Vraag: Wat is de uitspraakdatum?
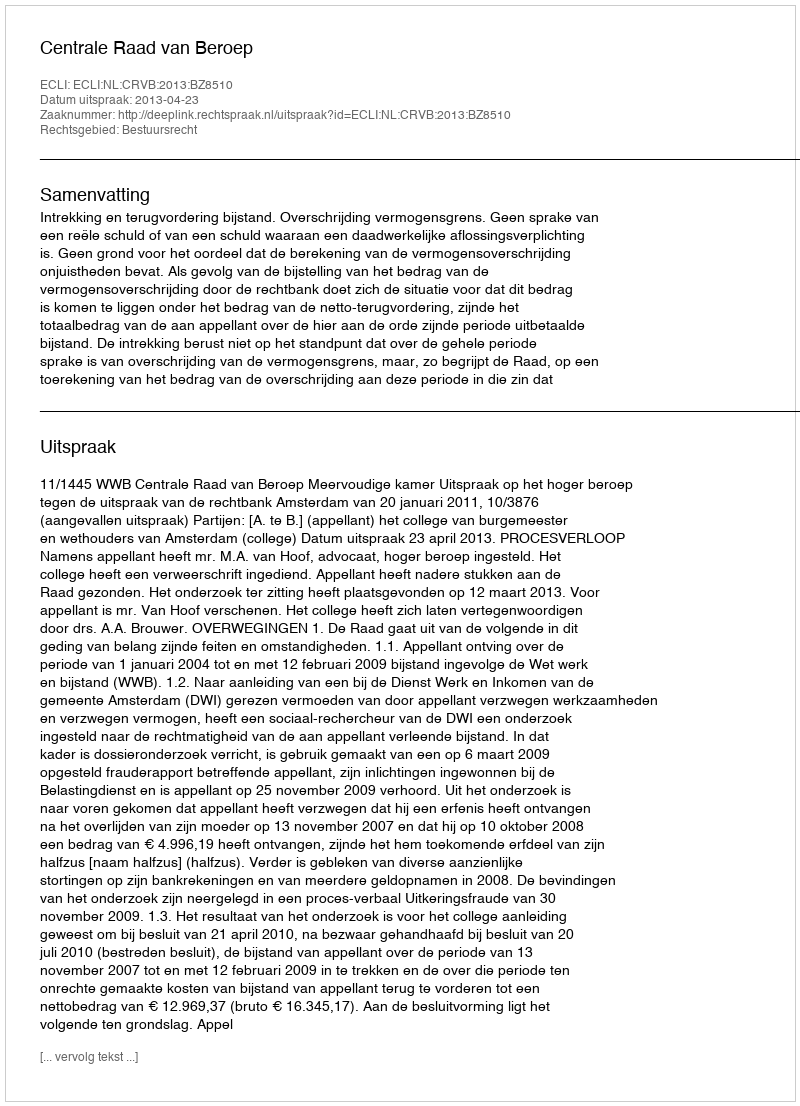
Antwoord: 2013-04-23